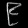
Digit: ၉